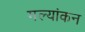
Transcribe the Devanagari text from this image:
मल्यांकन